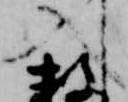
入